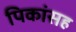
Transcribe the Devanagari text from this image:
पिकांसह